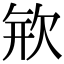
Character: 𣢴